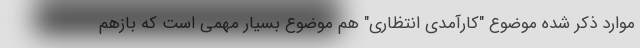
موارد ذکر شده موضوع "کارآمدی انتظاری" هم موضوع بسیار مهمی است که بازهم